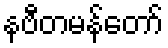
နဗီတမန်တော်